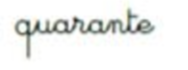
quarante